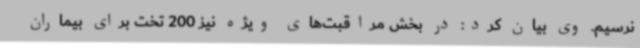
نرسیم. وی بیان کرد: در بخش مراقبت‌های ویژه نیز 200 تخت برای بیماران